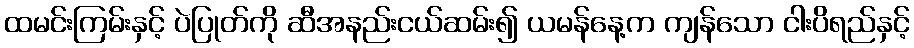
ထမင်းကြမ်းနှင့် ပဲပြုတ်ကို ဆီအနည်းငယ်ဆမ်း၍ ယမန်နေ့က ကျန်သော ငါးပိရည်နှင့်